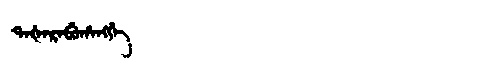
Manchu: ᡨᠠᡧᠠᡵᠠᠪᡠᡥᠠᠩᡤᡝ
Romanization: TAŠARABUHANGGE